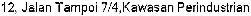
12, JALAN TAMPOI 7/4,KAWASAN PERINDUSTRIAN